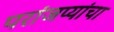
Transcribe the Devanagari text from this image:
परांजप्यांचा